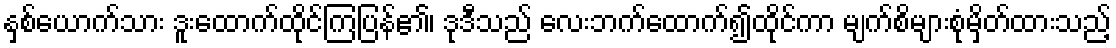
နှစ်ယောက်သား ဒူးထောက်ထိုင်ကြပြန်၏၊ ဒုဒီသည် လေးဘက်ထောက်၍ထိုင်ကာ မျက်စိများစုံမှိတ်ထားသည့်